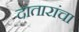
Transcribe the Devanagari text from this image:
दातारांचा